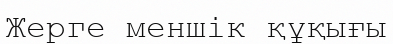
Жерге меншік құқығы